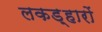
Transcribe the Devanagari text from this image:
लकड़्हारों